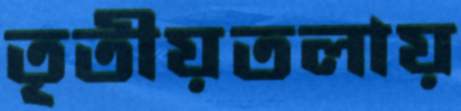
তৃতীয়তলায়